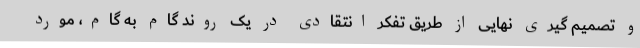
و تصمیم گیری نهایی از طریق تفکر انتقادی در یک روند گام به گام، مورد